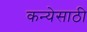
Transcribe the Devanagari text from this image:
कन्येसाठी